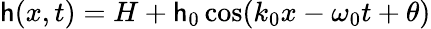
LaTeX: \mathsf{h}(x,t)=H+\mathsf{h}_{0}\cos(k_{0}x-\omega_{0}t+\theta)